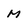
Character: M